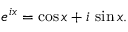
e ^ { i x } = \cos x + i \, \sin x .